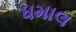
ધમાલ